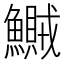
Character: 鱡